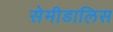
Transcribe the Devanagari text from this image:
सेमीडालिस